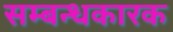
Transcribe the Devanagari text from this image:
सम्बन्धकारक